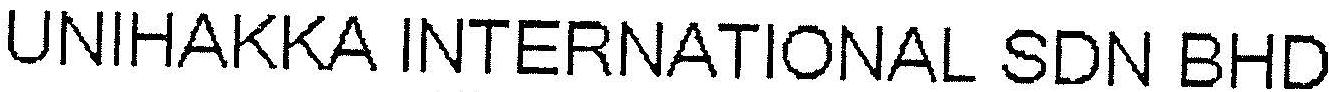
UNIHAKKA INTERNATIONAL SDN BHD